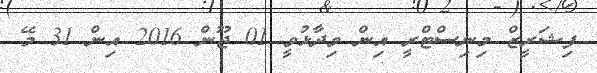
ފިޝަރީޒް މިނިސްޓްރީ އިން ވިދާޅުވީ 01 ޖޫން 2016 އިން 31 މޭ